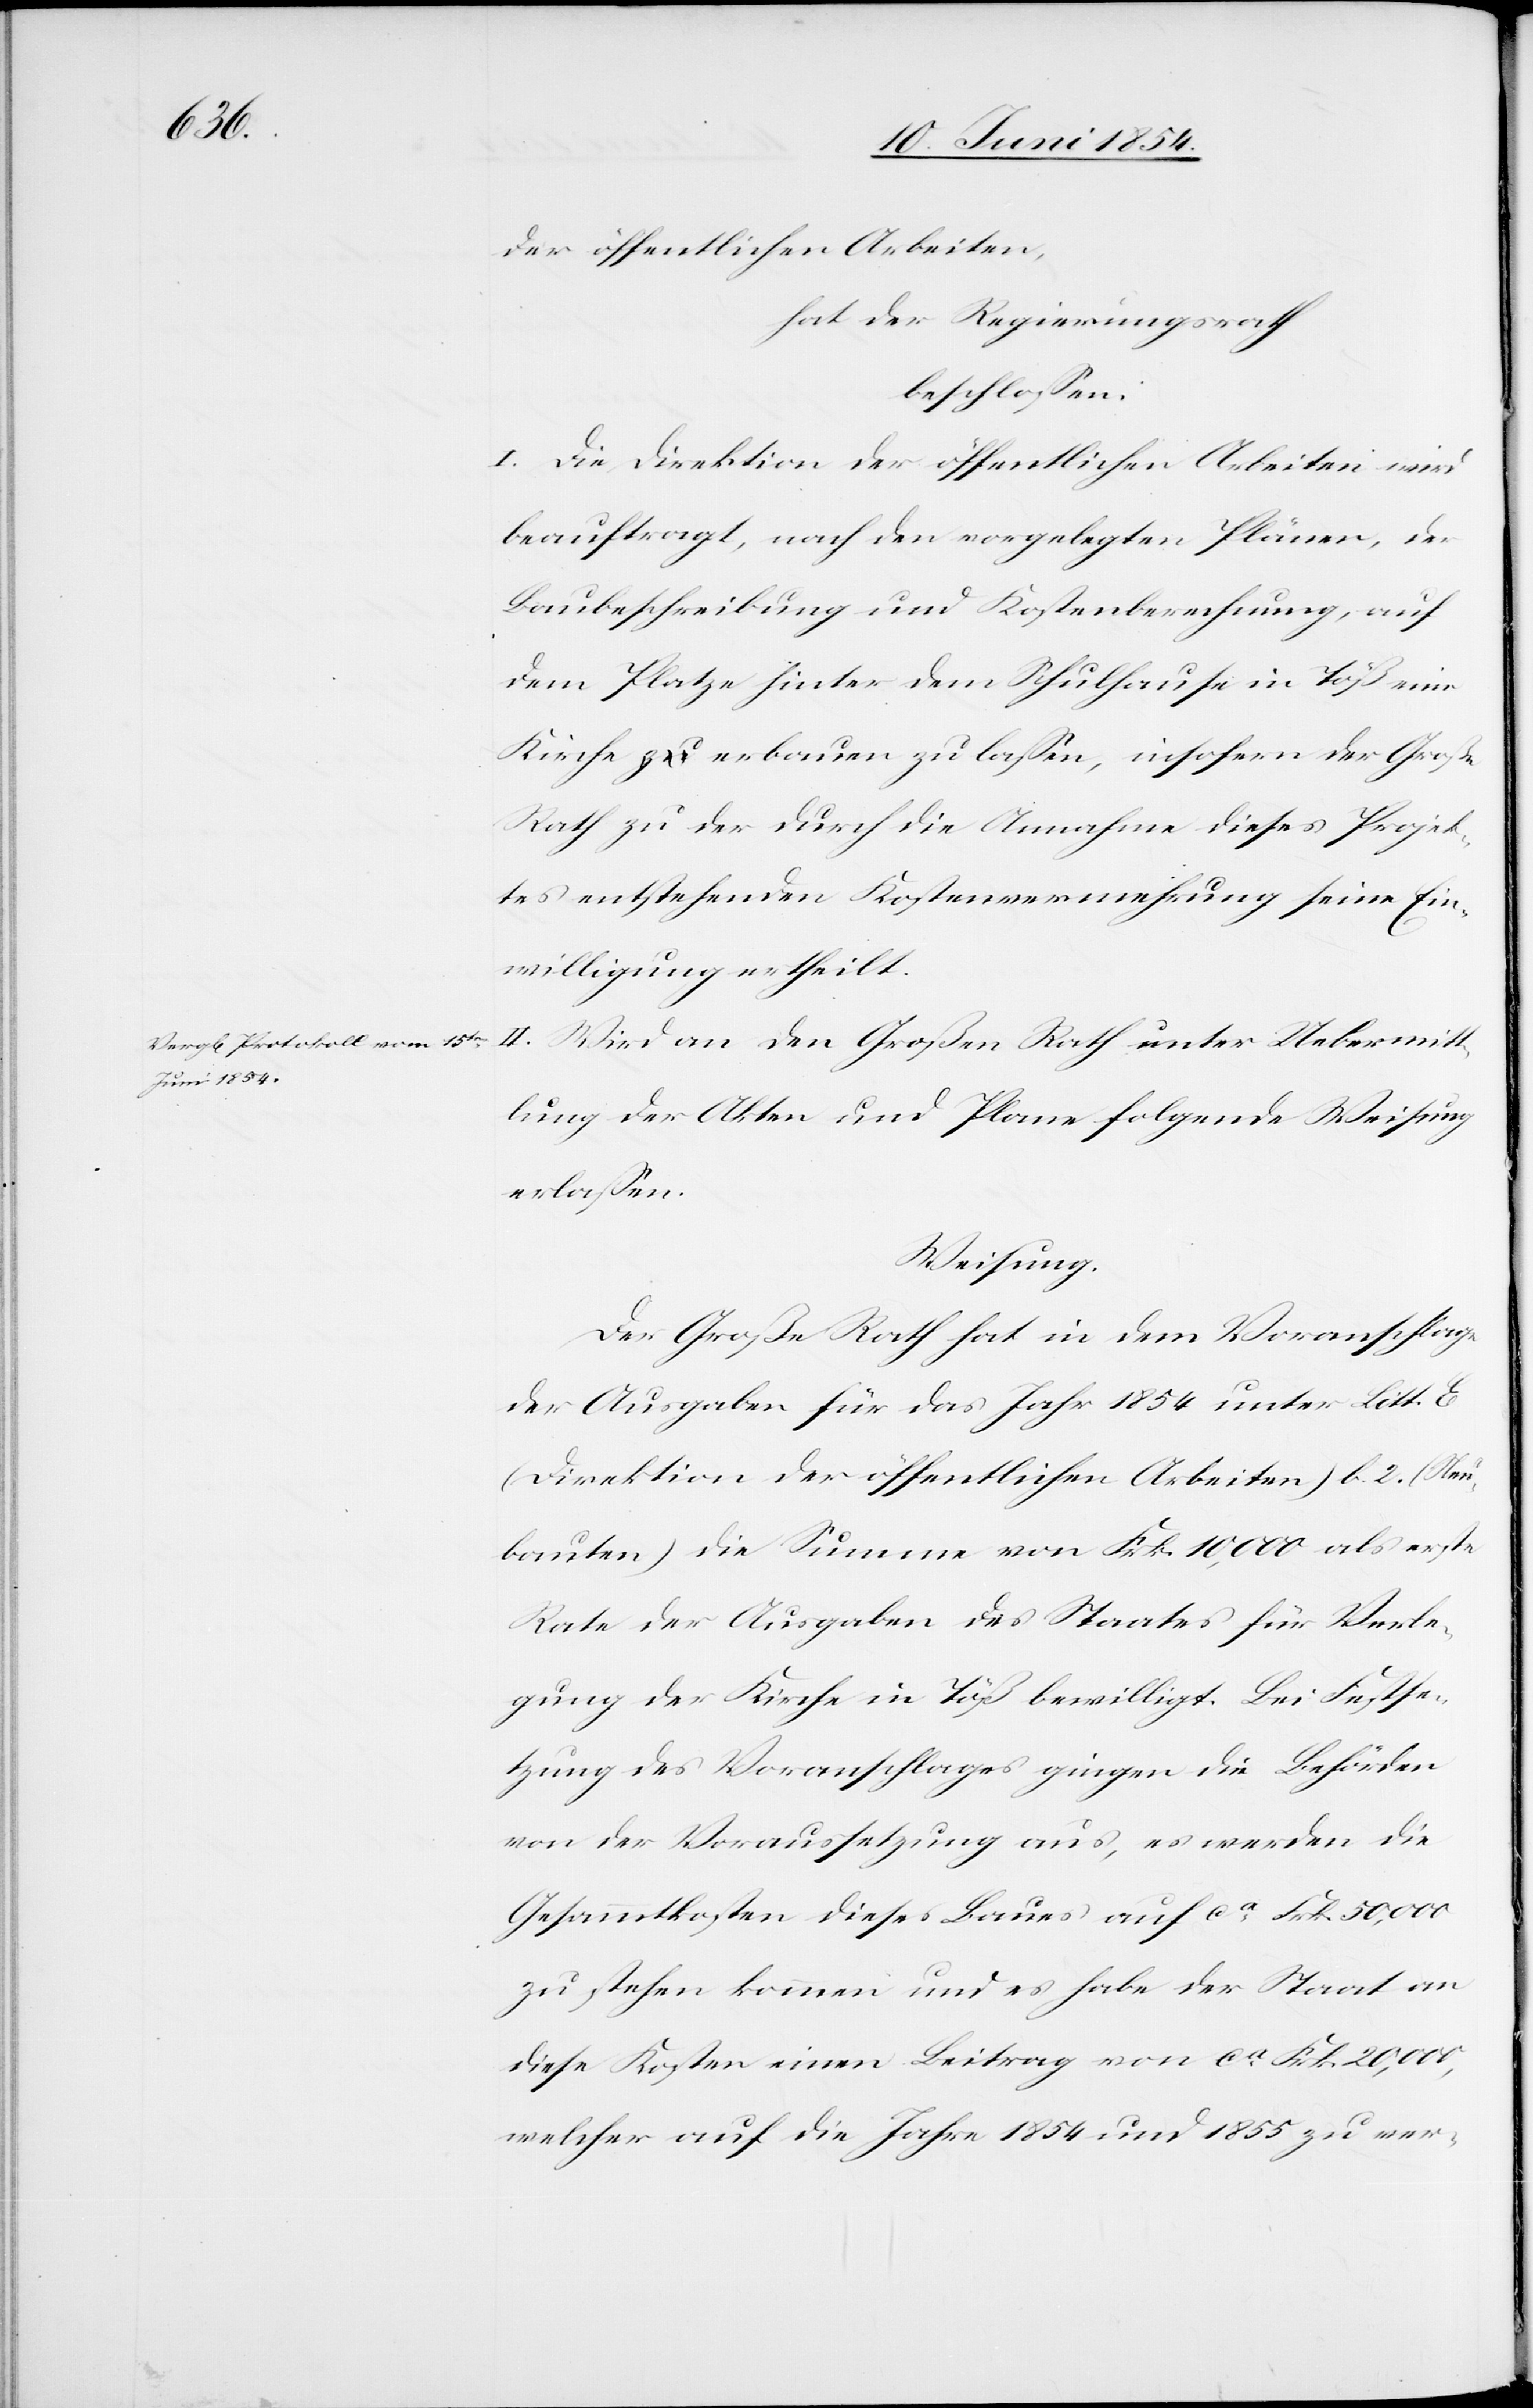
Uebermit¬
der öffentlichen Arbeiten,
hat der Regierungsrath
beschloßen:
I. Die Direktion der öffentlichen Arbeiten wird
beauftragt, nach den vorgelegten Plänen, der
Baubeschreibung und Kostenberechnung, auf
dem Platze hinter dem Schulhause in Töß eine
Kirche erbauen zu laßen, insofern der Große
Rath zu der durch die Annahme dieses Projek¬
tes entstehenden Kostenvermehrung seine Ein¬
willigung ertheilt.
tlung der Akten und Plane folgende Weisung
erlaßen.
Weisung.
Der Große Rath hat in dem Voranschlage
der Ausgaben für das Jahr 1854 unter Litt. E
(Direktion der öffentlichen Arbeiten) b. 2. (Neu¬
bauten) die Summe von Frk. 10,000 als erste
Rate der Ausgaben des Staates für Verle¬
gung der Kirche in Töß bewilligt. Bei Festse¬
tzung des Voranschlages gingen die Behörden
von der Voraussetzung aus, es werden die
Gesammtkosten dieses Baues auf ca Frk. 50,000
zu stehen kommen und es habe der Staat an
diese Kosten einen Beitrag von ca Frk. 20,000,
welcher auf die Jahre 1854 und 1855 zu ver-